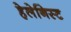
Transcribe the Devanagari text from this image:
हेलेनिस्ट